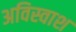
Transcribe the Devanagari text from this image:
अविस्वाश